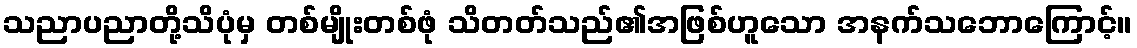
သညာပညာတို့သိပုံမှ တစ်မျိုးတစ်ဖုံ သိတတ်သည်၏အဖြစ်ဟူသော အနက်သဘောကြောင့်။